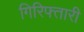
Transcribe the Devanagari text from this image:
गिरिफ्तारी